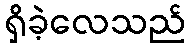
ရှိခဲ့လေသည်